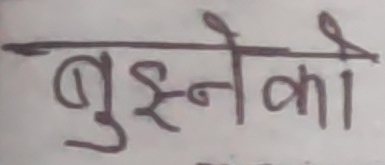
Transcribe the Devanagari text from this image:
बुझ्नेको